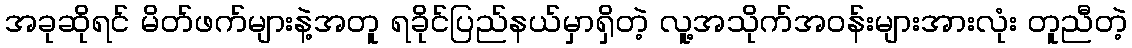
အခုဆိုရင် မိတ်ဖက်များနဲ့အတူ ရခိုင်ပြည်နယ်မှာရှိတဲ့ လူ့အသိုက်အဝန်းများအားလုံး တူညီတဲ့